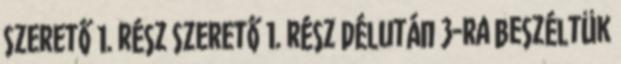
Szerető 1. rész Szerető 1. rész Délután 3-ra beszéltük